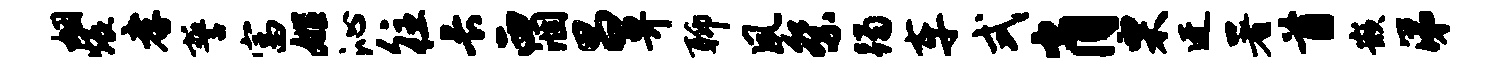
姻煨孝誓富姬沁往长西涸昌畀聊夙祭躅车式肖栗迓署首嵌涕